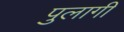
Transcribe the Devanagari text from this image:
पुलागी